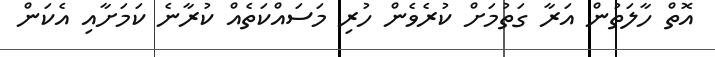
އޮތް ހާލަތުން އަރާ ގަތުމަށް ކުރެވެން ހުރި މަސައްކަތެއް ކުރާނެ ކަމަށާއި އެކަން